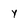
Character: Y